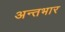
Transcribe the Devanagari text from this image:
अन्तभार